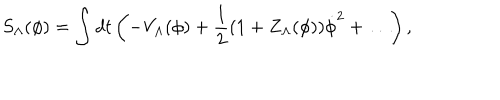
S _ { \Lambda } ( \phi ) = \int d t \left( - V _ { \Lambda } ( \phi ) + { \frac { 1 } { 2 } } ( 1 + Z _ { \Lambda } ( \phi ) ) \dot { \phi } ^ { 2 } + \ldots \right) ,